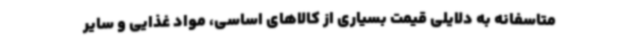
متاسفانه به دلایلی قیمت بسیاری از کالاهای اساسی، مواد غذایی و سایر